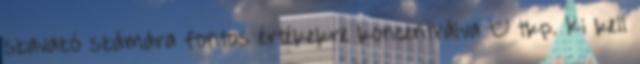
szavazó számára fontos értékekre koncentrálva – tkp. Ki kell